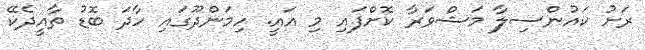
ރަށު ކައުންސިލާ މަޝްވަރާ ކޮށްފައި މި އައީ. ހިމަންދޫގައި ހާދަ ބޮޑު ތާއީދެކޭ